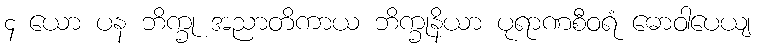
၄ ယော ပန ဘိက္ခု အညာတိကာယ ဘိက္ခုနိယာ ပုရာဏစီဝရံ ဓောဝါပေယျ